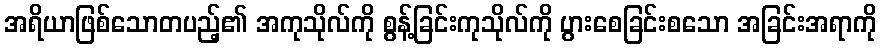
အရိယာဖြစ်သောတပည့်၏ အကုသိုလ်ကို စွန့်ခြင်းကုသိုလ်ကို ပွားစေခြင်းစသော အခြင်းအရာကို